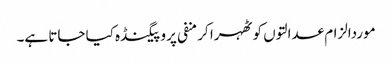
موردالزام عدالتوں کو ٹھہرا کر منفی پروپیگنڈہ کیا جاتا ہے۔